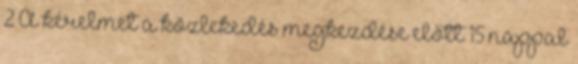
2 A kérelmet a közlekedés megkezdése előtt 15 nappal